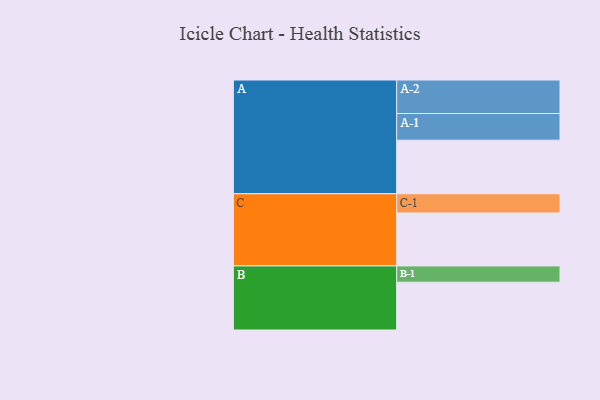
{"axis": {"x": "Segment", "y": "Value"}, "legend": ["", "A", "B", "C"], "data": [{"x": "A", "y": 345, "type": ""}, {"x": "B", "y": 308, "type": ""}, {"x": "C", "y": 341, "type": ""}, {"x": "A-1", "y": 172, "type": "A"}, {"x": "A-2", "y": 216, "type": "A"}, {"x": "B-1", "y": 105, "type": "B"}, {"x": "C-1", "y": 124, "type": "C"}]}